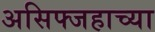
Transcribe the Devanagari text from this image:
असिफ्जहाच्या